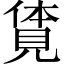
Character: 𧡊